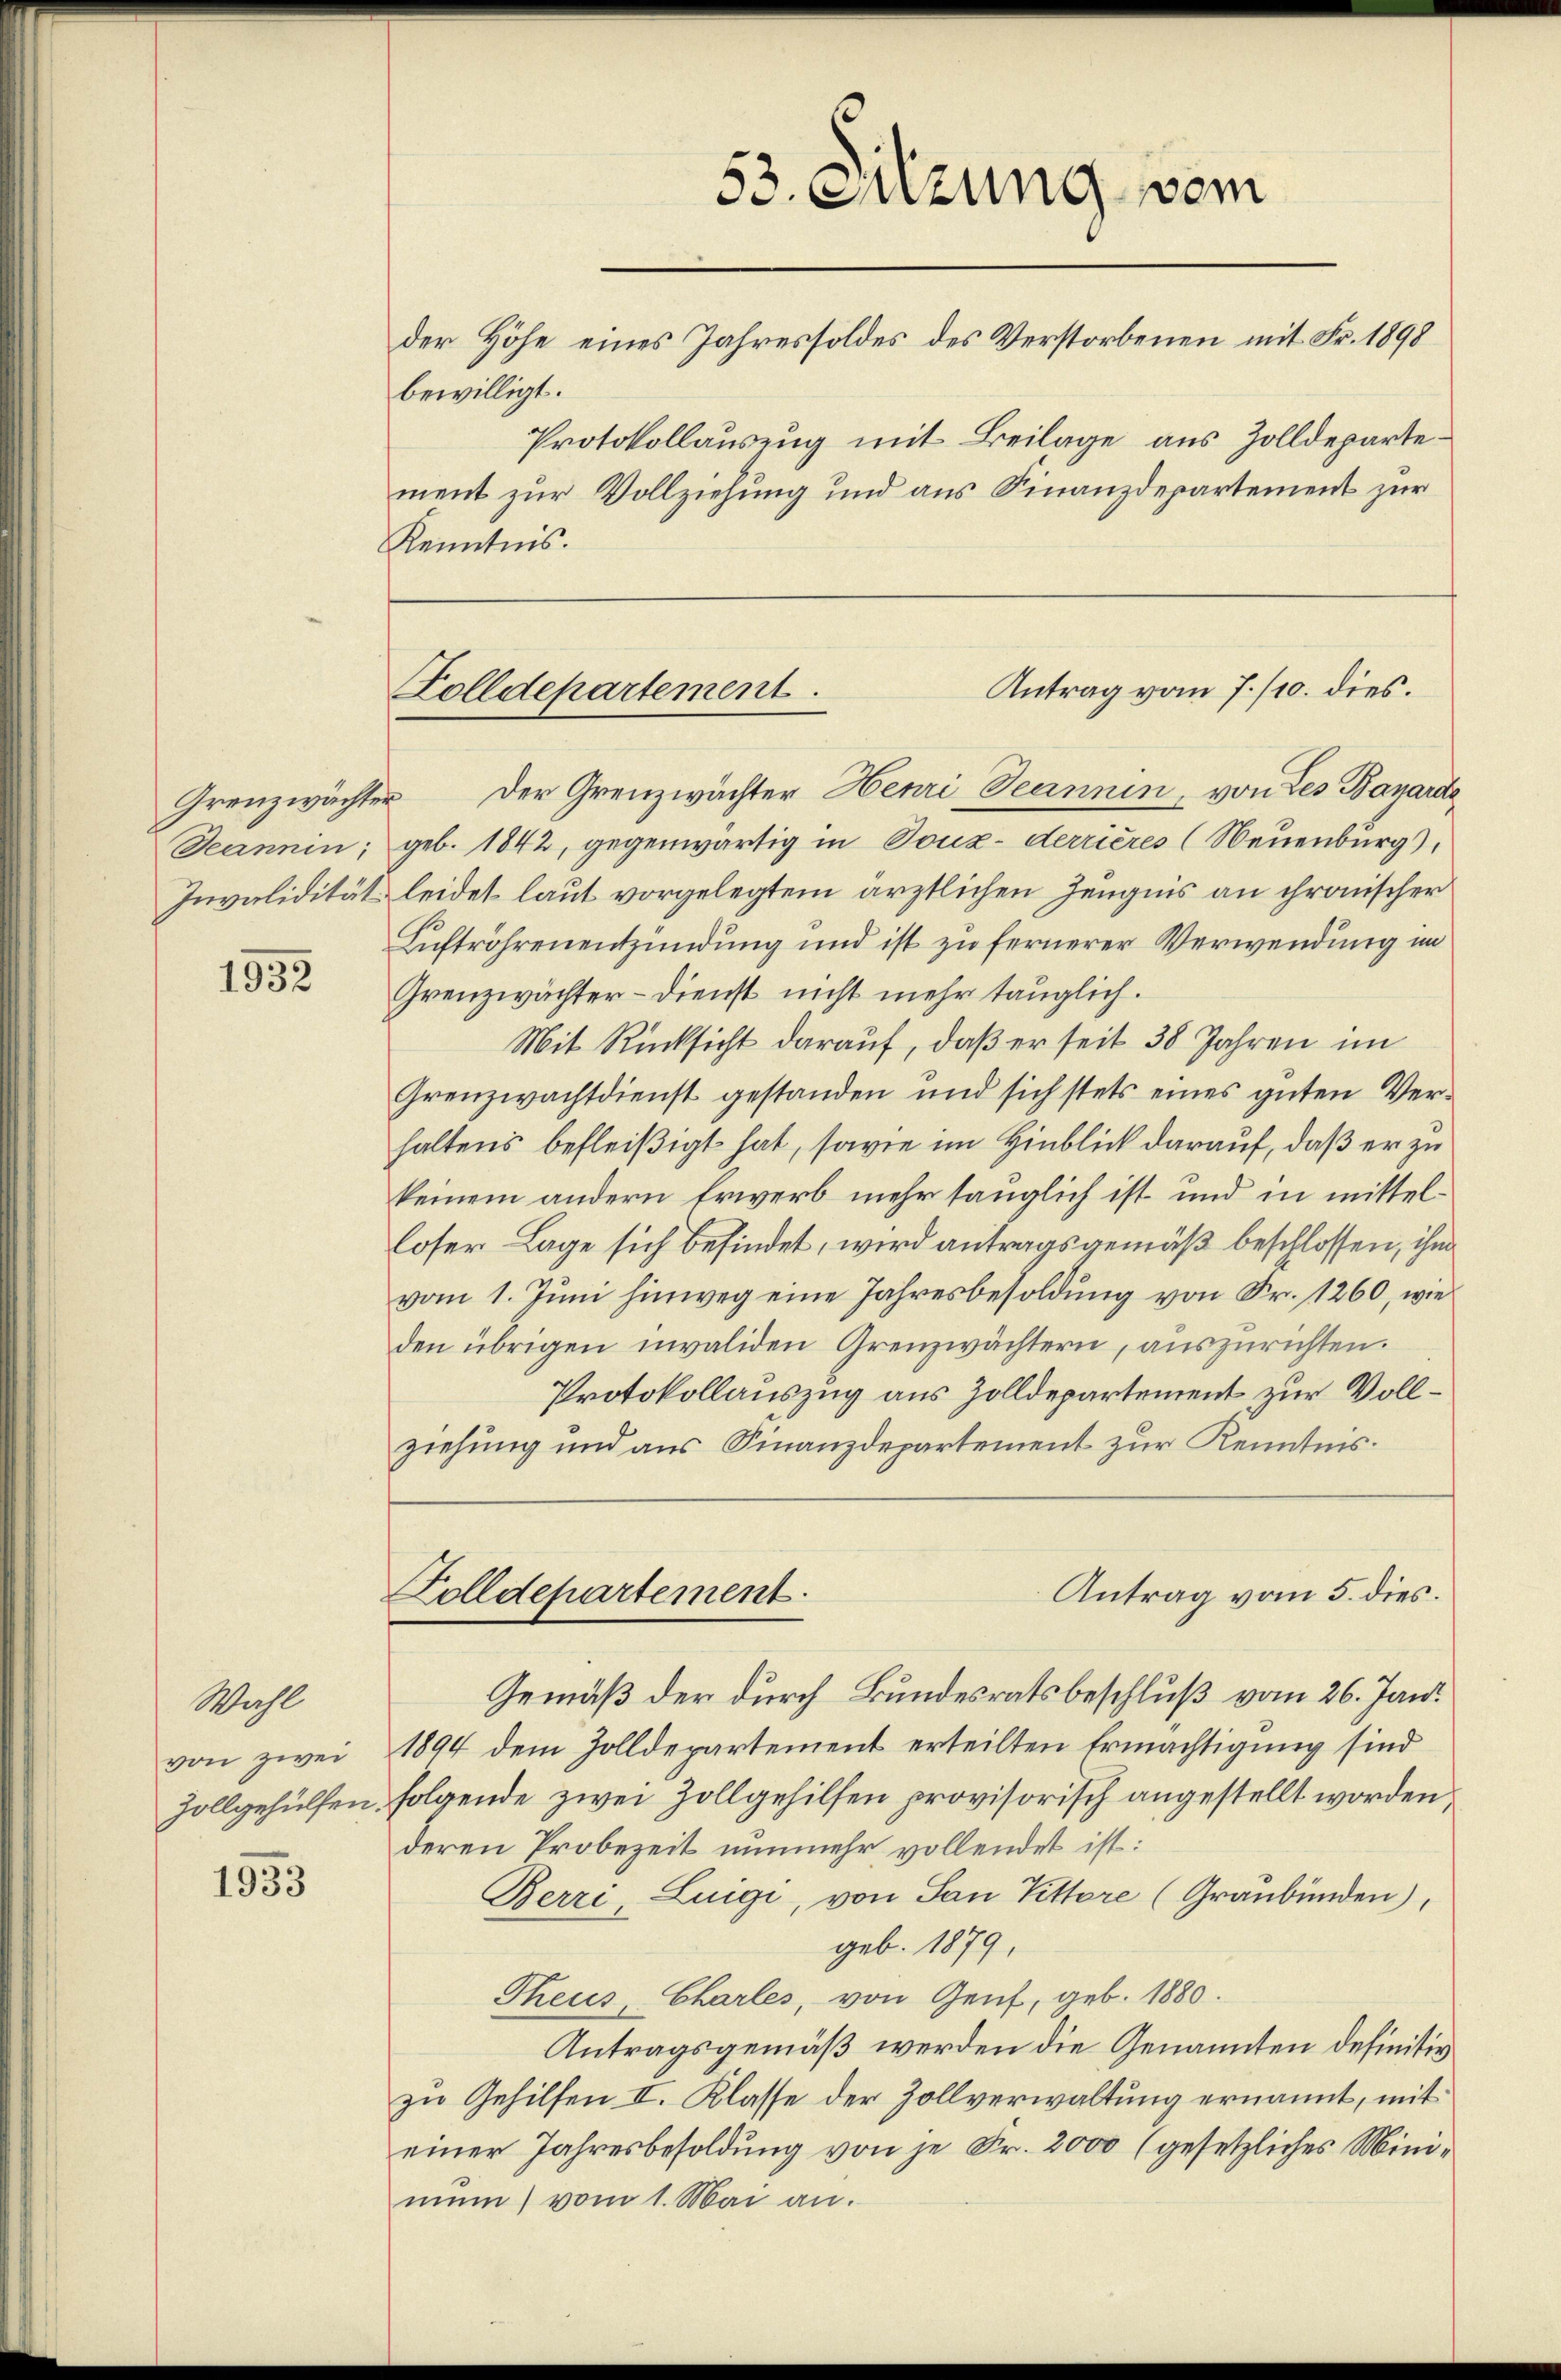
Bannin:
Invalidität

1932

Mahl
von zwei
Zollgehülfen.

1933

bewilligt.
Kenntnis.

53. Suzung vom
der Höhe eines Jahressoldes des Verstorbenen mit Fr. 1898
Protokollauszug mit Beilage aus Zolldepartement zur Vollziehung und aus Finanzdepartement zur

Antrag vom 7./10. dies.
Folldepartement.

Grenzwächter Der Grenzwächter Henri Jeannin, von des Banarde
geb. 1842, gegenwärtig in Douz-derrières (Neuenburg),
leidet laut vorgelegtem ärztlichen Zeugnis an chronischer
Luftröhrenentzündung und ist zu fernerer Verwendung im
Grenzwächter-Dienst nicht mehr tauglich.
Mit Rücksicht darauf, daß er seit 38 Jahren im
Grenzwachtdienst gestanden und sich stets eines guten Verhaltens befleißigt hat, sowie im Hinblick darauf, daß er zu
keinem andern Erwerb mehr tauglich ist und in mittelloser Lage sich befindet, wird antragsgemäß beschlossen, ihm
vom 1. Jŭni hinweg eine Jahresbesoldŭng von Fr. 1260, wie
den übrigen invaliden Grenzwächtern, auszurichten.
Protokollauszug aus Zolldepartement zur Vollziehung und aus Finanzdepartement zur Kenntnis.
Antrag vom 5. dies.
Zolldepartement.
Gemäß der durch Bundesratsbeschluß vom 26. Jani
1894 dem Zolldepartement erteilten Ermächtigung sind
folgende zwei Zollgehilfen provisorisch angestellt worden,
deren Probezeit nunmehr vollendet ist:
Berri, Luigi, von San Pittore (Graubünden),
geb. 1879,
Theus, Charles, von Genf, geb. 1880.
Antragsgemäß werden die Genannten definitiv
zu Gehilfen II. Klasse der Zollverwaltung ernannt, mit
einer Jahresbesoldung von je Fr. 2000 (gesetzliches Minimun) vom 1. Mai an.